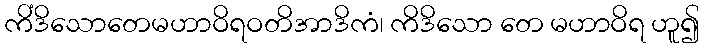
ကိံဒိသောတေမဟာဝိရဝတိအာဒိကံ၊ ကိဒိသော တေ မဟာဝိရ ဟူ၍